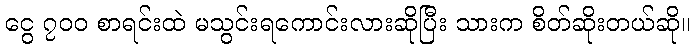
ငွေ ၇၀၀ စာရင်းထဲ မသွင်းရကောင်းလားဆိုပြီး သားက စိတ်ဆိုးတယ်ဆို။